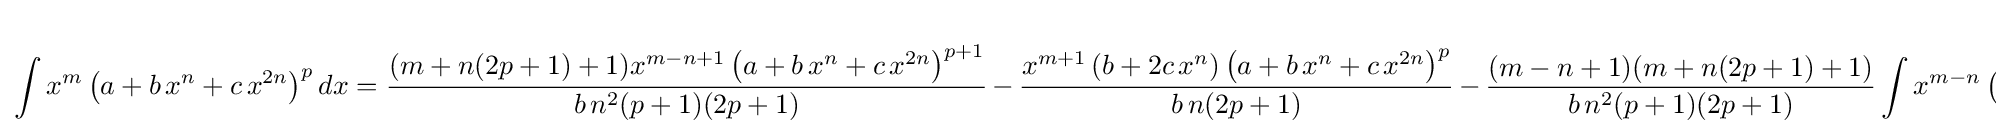
\int x^{m}\left(a+b\,x^{n}+c\,x^{2n}\right)^{p}dx={\frac {(m+n(2p+1)+1)x^{m-n+1}\left(a+b\,x^{n}+c\,x^{2n}\right)^{p+1}}{b\,n^{2}(p+1)(2p+1)}}\,-\,{\frac {x^{m+1}\left(b+2c\,x^{n}\right)\left(a+b\,x^{n}+c\,x^{2n}\right)^{p}}{b\,n(2p+1)}}\,-\,{\frac {(m-n+1)(m+n(2p+1)+1)}{b\,n^{2}(p+1)(2p+1)}}\int x^{m-n}\left(a+b\,x^{n}+c\,x^{2n}\right)^{p+1}dx